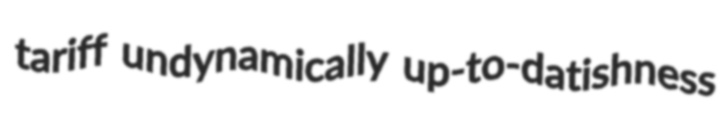
tariff undynamically up-to-datishness